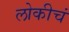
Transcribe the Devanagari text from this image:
लोकीचं